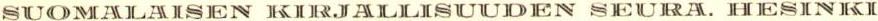
SUOMALAISEN KIRJALLISUUDEN SEURA. HELSINKI